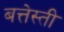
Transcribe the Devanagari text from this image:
बत्तेस्ती